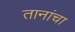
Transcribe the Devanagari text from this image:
तानांचा